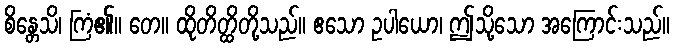
စိန္တေသိ၊ ကြံ၏။ တေ။ ထိုတိတ္ထိတို့သည်။ ဧသော ဥပါယော၊ ဤသို့သော အကြောင်းသည်။